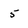
Character: 5